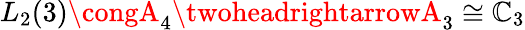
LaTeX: L_{2}(3)\congA_{4}\twoheadrightarrowA_{3}\cong\mathbb{C}_{3}